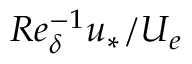
R e _ { \delta } ^ { - 1 } u _ { * } / U _ { e }